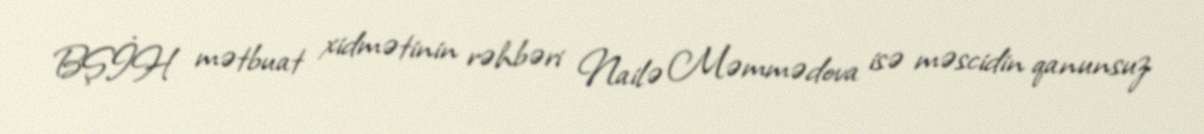
BŞİH mətbuat xidmətinin rəhbəri Nailə Məmmədova isə məscidin qanunsuz